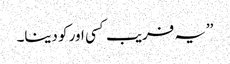
’’یہ فریب کسی اور کو دینا۔